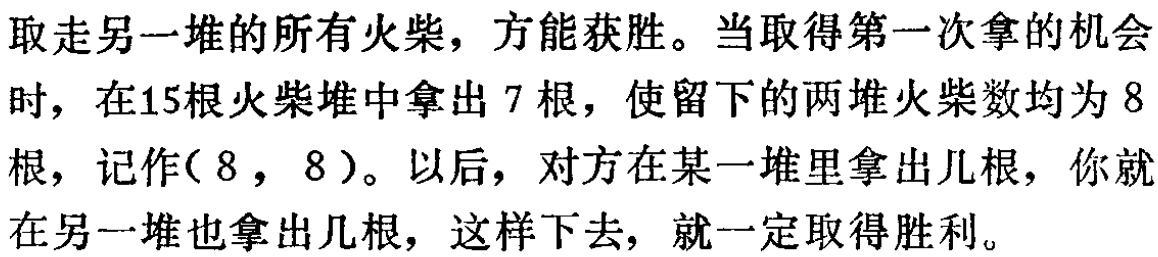
取走另一堆的所有火柴，方能获胜。当取得第一次拿的机会时，在15根火柴堆中拿出 7 根，使留下的两堆火柴数均为 8根，记作( 8 , 8 )。以后，对方在某一堆里拿出几根，你就在另一堆也拿出几根，这样下去，就一定取得胜利。